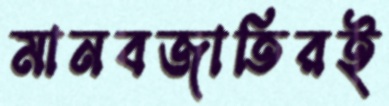
মানবজাতিরই